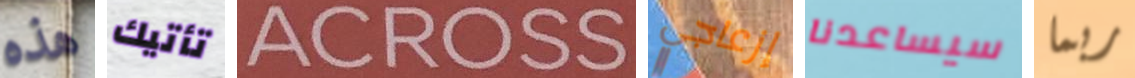
هذه تأتيك ACROSS إزعاجي سيساعدنا ربما